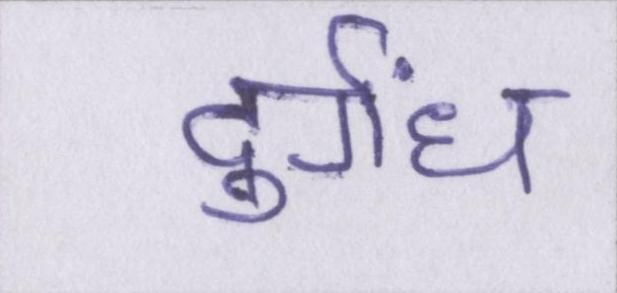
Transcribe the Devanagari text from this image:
दुर्गंध